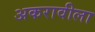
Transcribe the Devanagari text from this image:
अकरावीला